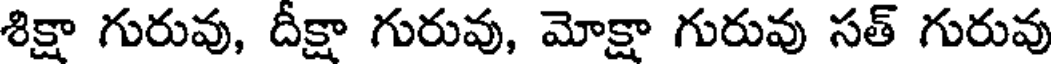
శిక్షా గురువు, దీక్షా గురువు, మోక్షా గురువు సత్ గురువు